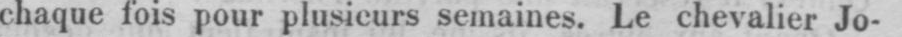
chaque fois pour plusieurs semaines. Le chevalier Jo-